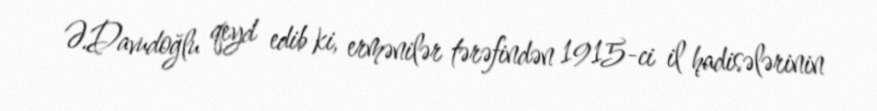
Ə.Davudoğlu qeyd edib ki, ermənilər tərəfindən 1915-ci il hadisələrinin